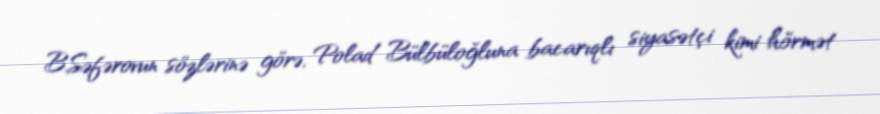
B.Səfərovun sözlərinə görə, Polad Bülbüloğluna bacarıqlı siyasətçi kimi hörmət